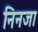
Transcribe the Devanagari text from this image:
निनजा